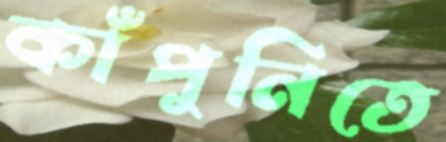
কাঁপুনিতে